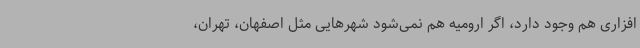
افزاری هم وجود دارد، اگر ارومیه هم نمی‌شود شهرهایی مثل اصفهان، تهران،